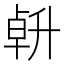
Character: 𠦲